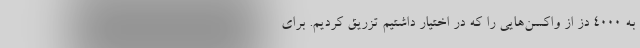
به ۴۰۰۰ دُز از واکسن‌هایی را که در اختیار داشتیم تزریق کردیم. برای